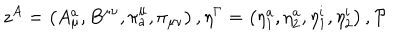
LaTeX: z ^ { A } = \left( A _ { \mu } ^ { a } , B ^ { \mu \nu } , \pi _ { a } ^ { \mu } , \pi _ { \mu \nu } \right) , \eta ^ { \Gamma } = \left( \eta _ { 1 } ^ { a } , \eta _ { 2 } ^ { a } , \eta _ { 1 } ^ { i } , \eta _ { 2 } ^ { i } \right) , { \cal P }